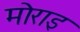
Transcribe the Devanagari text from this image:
मोराइ